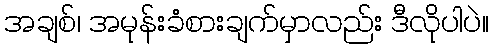
အချစ်၊ အမုန်းခံစားချက်မှာလည်း ဒီလိုပါပဲ။